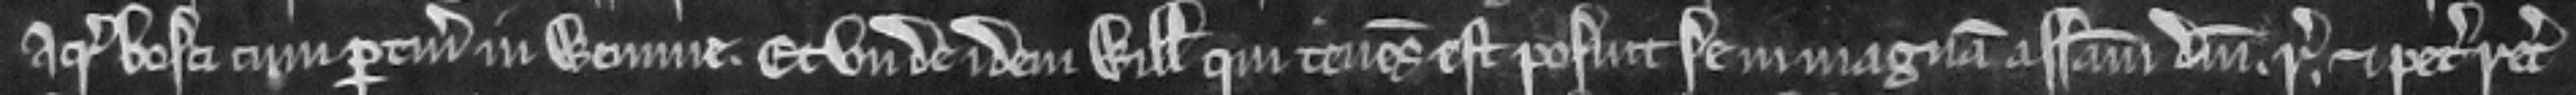
acris bosci cum pertinenciis in Wemme et unde idem Willelmus qui tenens est posuit se in magnam assisam domini regis et peciit recognicionem